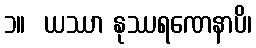
၁။  ယဿာ နုဿရဏေနာပိ၊